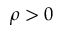
\rho > 0